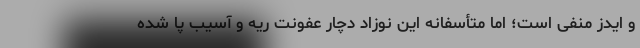
و ایدز منفی است؛ اما متأسفانه این نوزاد دچار عفونت ریه و آسیب پا شده